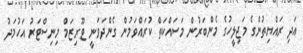
އަދި ރައްޔިތުންގެ މަޖިލީހުގެ މެންބަރުން މަސައްކަތް ކުރައްވަމުން ގެންދަވަނީ ޓޫރިޒަމް މިނިސްޓަރު އަހުމަދު